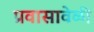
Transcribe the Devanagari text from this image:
प्रवासावेळी